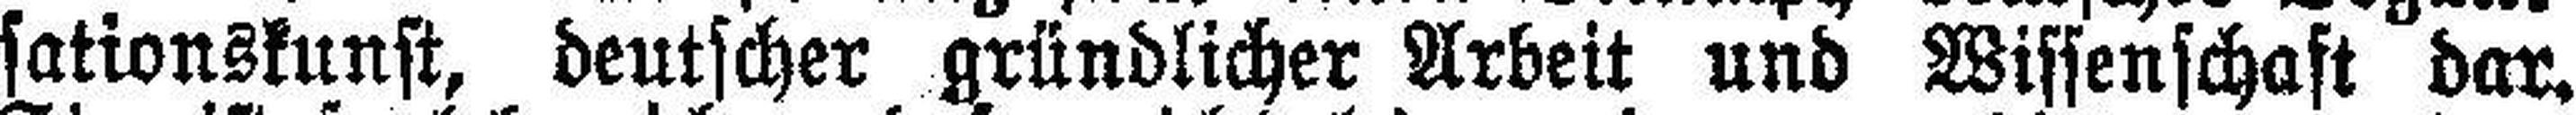
sationskunst, deutscher gründlicher Arbeit und Wissenschaft dar.